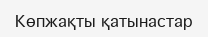
Көпжақты қатынастар